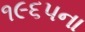
૧૯૬૫ના